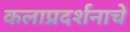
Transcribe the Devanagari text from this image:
कलाप्रदर्शनाचे